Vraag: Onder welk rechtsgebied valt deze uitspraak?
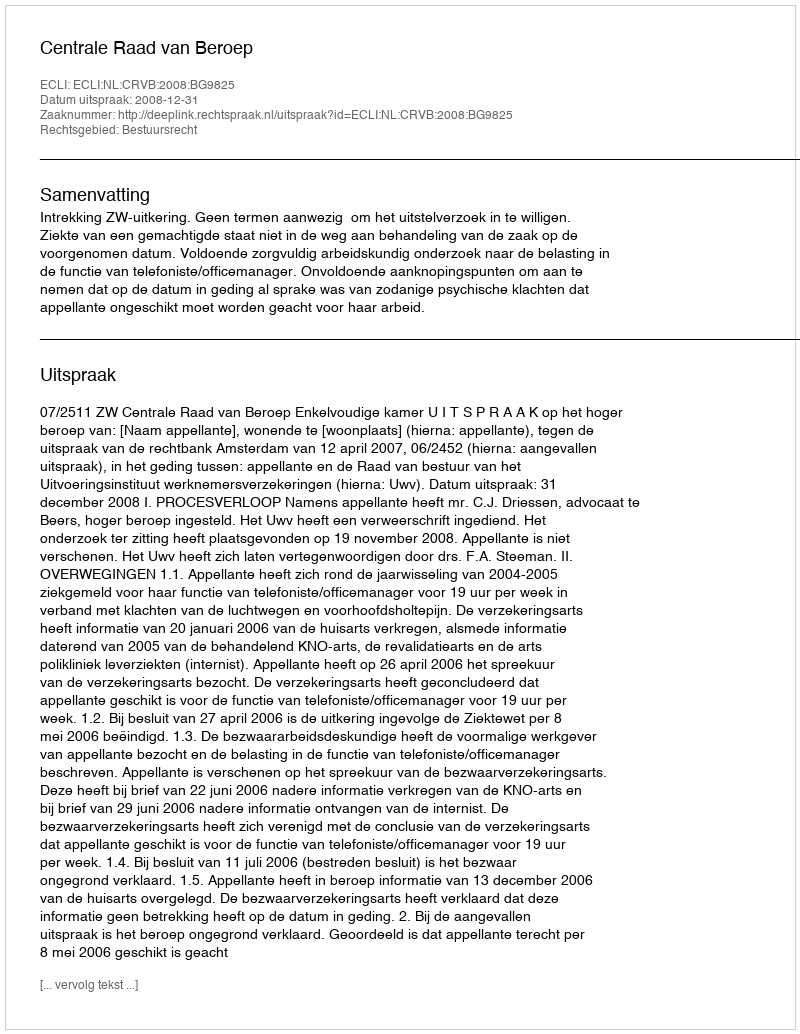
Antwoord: Bestuursrecht